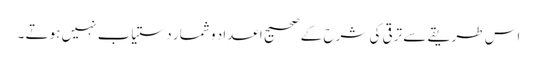
اس طریقے سے ترقی کی شرح کے صحیح اعداد و شمار دستیاب نہیں ہوتے ۔